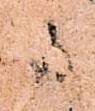
候